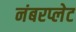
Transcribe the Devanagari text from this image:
नंबरप्लेट